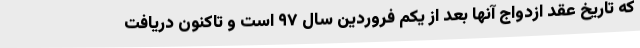
که تاریخ عقد ازدواج آنها بعد از یکم فروردین سال ۹۷ است و تاکنون دریافت